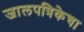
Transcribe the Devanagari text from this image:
जालपत्रिकेचा